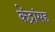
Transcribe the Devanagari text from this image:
केंद्रांसह